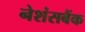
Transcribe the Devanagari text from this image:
नेशंसबैंक